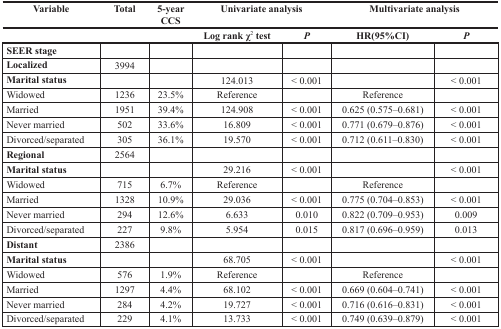
<table><thead><tr><td><b>Variable</b></td><td><b>Total</b></td><td><b>5-year CCS</b></td><td colspan="2"><b>Univariate analysis</b></td><td colspan="2"><b>Multivariate analysis</b></td></tr><tr><td></td><td></td><td></td><td><b>Log rank χ<sup>2</sup> test</b></td><td><b><i>P</i></b></td><td><b>HR(95%CI)</b></td><td><b><i>P</i></b></td></tr></thead><tbody><tr><td><b>SEER stage</b></td><td></td><td></td><td></td><td></td><td></td><td></td></tr><tr><td><b>Localized</b></td><td>3994</td><td></td><td></td><td></td><td></td><td></td></tr><tr><td><b>Marital status</b></td><td></td><td></td><td>124.013</td><td>&lt; 0.001</td><td></td><td>&lt; 0.001</td></tr><tr><td>Widowed</td><td>1236</td><td>23.5%</td><td>Reference</td><td></td><td>Reference</td><td></td></tr><tr><td>Married</td><td>1951</td><td>39.4%</td><td>124.908</td><td>&lt; 0.001</td><td>0.625 (0.575–0.681)</td><td>&lt; 0.001</td></tr><tr><td>Never married</td><td>502</td><td>33.6%</td><td>16.809</td><td>&lt; 0.001</td><td>0.771 (0.679–0.876)</td><td>&lt; 0.001</td></tr><tr><td>Divorced/separated</td><td>305</td><td>36.1%</td><td>19.570</td><td>&lt; 0.001</td><td>0.712 (0.611–0.830)</td><td>&lt; 0.001</td></tr><tr><td><b>Regional</b></td><td>2564</td><td></td><td></td><td></td><td></td><td></td></tr><tr><td><b>Marital status</b></td><td></td><td></td><td>29.216</td><td>&lt; 0.001</td><td></td><td>&lt; 0.001</td></tr><tr><td>Widowed</td><td>715</td><td>6.7%</td><td>Reference</td><td></td><td>Reference</td><td></td></tr><tr><td>Married</td><td>1328</td><td>10.9%</td><td>29.036</td><td>&lt; 0.001</td><td>0.775 (0.704–0.853)</td><td>&lt; 0.001</td></tr><tr><td>Never married</td><td>294</td><td>12.6%</td><td>6.633</td><td>0.010</td><td>0.822 (0.709–0.953)</td><td>0.009</td></tr><tr><td>Divorced/separated</td><td>227</td><td>9.8%</td><td>5.954</td><td>0.015</td><td>0.817 (0.696–0.959)</td><td>0.013</td></tr><tr><td><b>Distant</b></td><td>2386</td><td></td><td></td><td></td><td></td><td></td></tr><tr><td><b>Marital status</b></td><td></td><td></td><td>68.705</td><td>&lt; 0.001</td><td></td><td>&lt; 0.001</td></tr><tr><td>Widowed</td><td>576</td><td>1.9%</td><td>Reference</td><td></td><td>Reference</td><td></td></tr><tr><td>Married</td><td>1297</td><td>4.4%</td><td>68.102</td><td>&lt; 0.001</td><td>0.669 (0.604–0.741)</td><td>&lt; 0.001</td></tr><tr><td>Never married</td><td>284</td><td>4.2%</td><td>19.727</td><td>&lt; 0.001</td><td>0.716 (0.616–0.831)</td><td>&lt; 0.001</td></tr><tr><td>Divorced/separated</td><td>229</td><td>4.1%</td><td>13.733</td><td>&lt; 0.001</td><td>0.749 (0.639–0.879)</td><td>&lt; 0.001</td></tr></tbody></table>